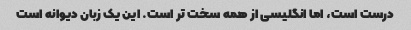
درست است، اما انگلیسی از همه سخت تر است. این یک زبان دیوانه است